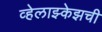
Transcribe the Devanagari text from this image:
व्हेलाझ्केझची